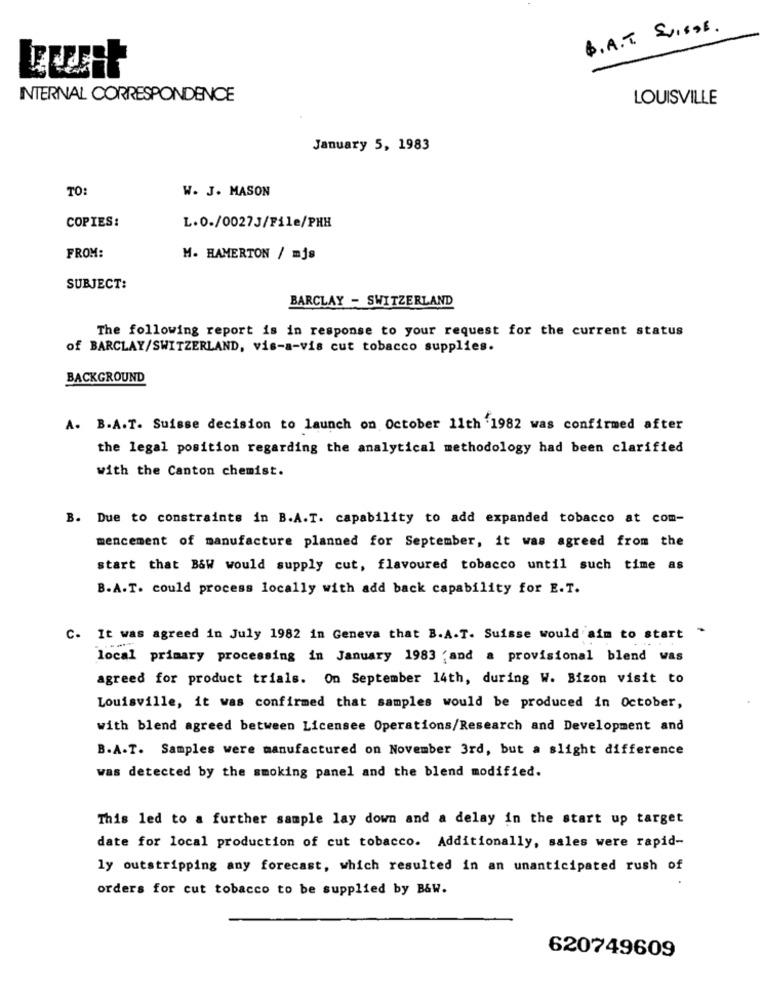
B.A.T. SUISSE.
INTERNAL CORRESPONDENCE
LOUISVILLE
January 5, 1983
TO
W. J. MASON
COPIES:
L.O./00273/File/PHH
FROM:
M. HAMERTON / mjs
SUBJECT:
BARCLAY - SWITZERLAND
The following report is in response to your request for the current status
of BARCLAY/SWITZERLAND, vis-a-vis cut tobacco supplies.
BACKGROUND
A. B.A.T. Suisse decision to launch on October 11th 1982 was confirmed after
the legal position regarding the analytical methodology had been clarified
with the Canton chemist.
B. Due to constraints in B.A.T. capability to add expanded tobacco at com-
mencement of manufacture planned for September, it was agreed from the
start that B&W would supply cut, flavoured tobacco until such time as
B.A.T. could process locally with add back capability for E.T.
C. It was agreed in July 1982 in Geneva that B.A.T. Suisse would aim to start .
local primary processing in January 1983 ;and a provisional blend was
agreed for product trials. On September 14th, during W. Bizon visit to
Louisville, it was confirmed that samples would be produced in October,
with blend agreed between Licensee Operations/Research and Development and
B.A.T. Samples were manufactured on November 3rd, but a slight difference
was detected by the smoking panel and the blend modified.
This led to a further sample lay down and a delay in the start up target
date for local production of cut tobacco. Additionally, sales were rapid-
ly outstripping any forecast, which resulted in an unanticipated rush of
orders for cut tobacco to be supplied by B&W.
620749609